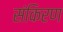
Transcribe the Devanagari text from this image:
संकिरण